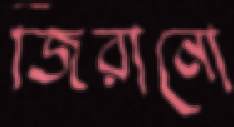
জিরানো